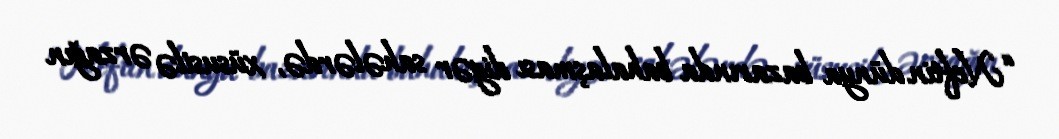
“Neftin dünya bazarında bahalaşması digər sahələrdə, xüsusilə ərzağın